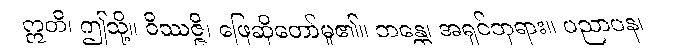
ဣတိ၊ ဤသို့။ ဝိဿဇ္ဇိ၊ ဖြေဆိုတော်မူ၏။ ဘန္တေ၊ အရှင်ဘုရား။ ပညာပန၊